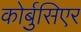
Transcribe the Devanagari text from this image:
कोर्बुसिएर